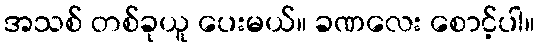
အသစ် တစ်ခုယူ ပေးမယ်။ ခဏလေး စောင့်ပါ။